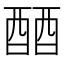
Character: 𬪪